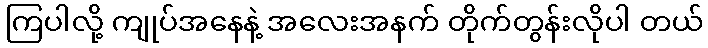
ကြပါလို့ ကျုပ်အနေနဲ့ အလေးအနက် တိုက်တွန်းလိုပါ တယ်